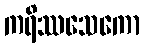
ကရိဿသေကော